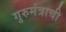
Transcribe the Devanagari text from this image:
गुरुमंत्राची